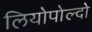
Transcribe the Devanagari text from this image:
लियोपोल्दो